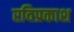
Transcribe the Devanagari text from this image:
रविप्रकाश